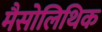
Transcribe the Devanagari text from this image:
मैसोलिथिक